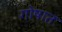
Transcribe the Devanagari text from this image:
गोषात